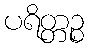
ပရိတ္တဉ္စ